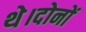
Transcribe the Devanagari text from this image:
थे।दोनों